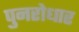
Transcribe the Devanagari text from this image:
पुनरोधार